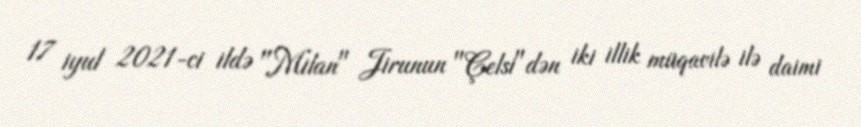
17 iyul 2021-ci ildə "Milan" Jirunun "Çelsi"dən iki illik müqavilə ilə daimi